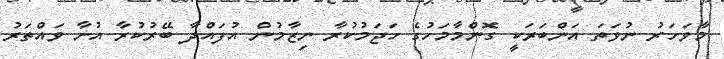
މާވަހަރު ނުވަތަ އަންބަރަކީ ގޮންމާމަހުގެ ހަޖަމުކުރާ ނިޒާމުން އުފައްދާ ބޭރުކުރާ އުށާ ވައްތަރު